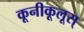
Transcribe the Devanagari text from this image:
कूनीकूलूस्